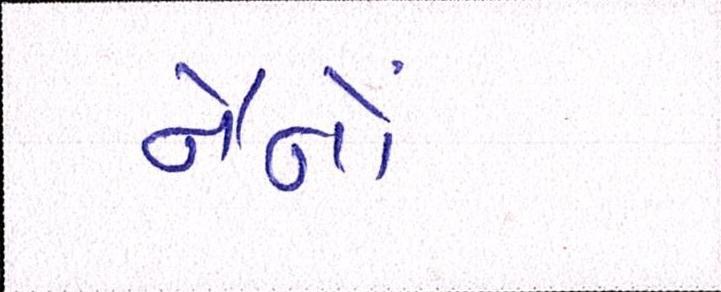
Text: નૈનોં